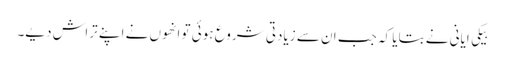
بیکی ایانی نے بتایا کہ جب ان سے زیادتی شروع ہوئی تو انھوں نے اپنے تراش دیے۔